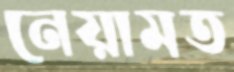
নেয়ামত